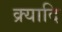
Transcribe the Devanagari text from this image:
क्र्यादि